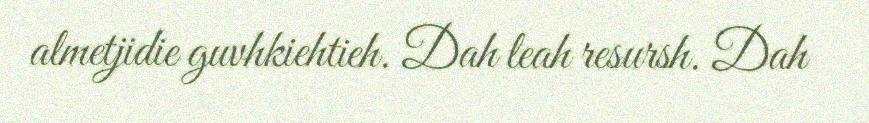
almetjidie guvhkiehtieh. Dah leah resursh. Dah